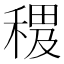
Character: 𥠰